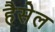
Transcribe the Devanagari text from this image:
हैसेल